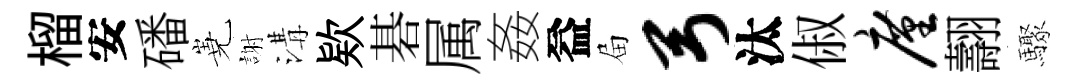
榴安磻嶤謝溝欵碁属姦益屇弓汰俶廑翿驟